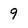
Character: 9